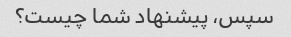
سپس، پیشنهاد شما چیست؟